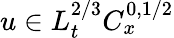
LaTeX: u\in L_{t}^{2/3}C_{x}^{0,1/2}